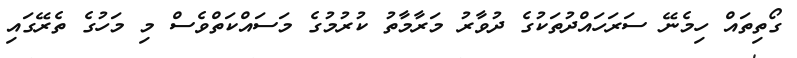
ގޯތިތައް ހިމެނޭ ސަރަހައްދުތަކުގެ ދުވާރު މަރާމާތު ކުރުމުގެ މަސައްކަތްވެސް މި މަހުގެ ތެރޭގައި